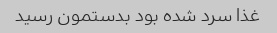
غذا سرد شده بود بدستمون رسید